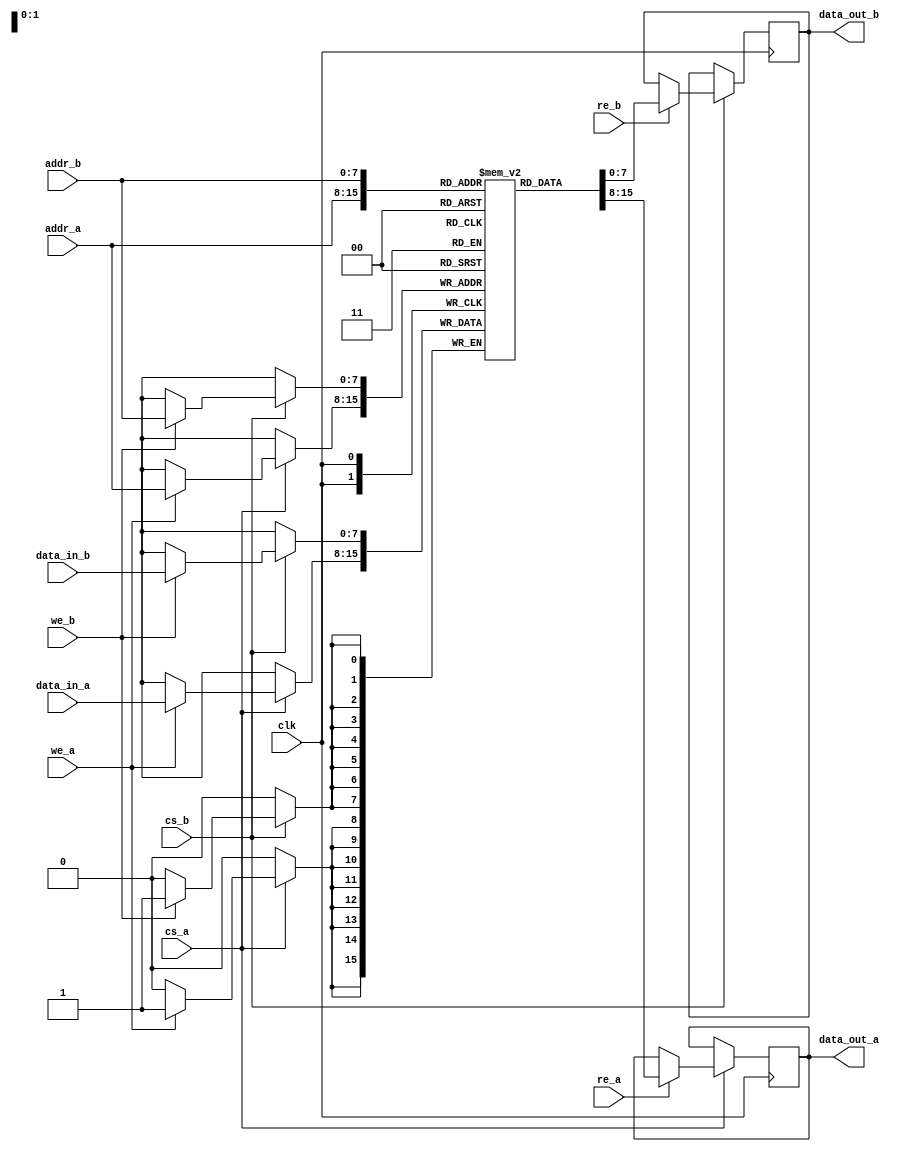
module dual_port_sram #(
    parameter DATA_WIDTH = 8,      // Data width
    parameter ADDR_WIDTH = 8,      // Address width (2^ADDR_WIDTH = memory depth)
    parameter MEM_DEPTH = 1 << ADDR_WIDTH // Memory depth
)(
    input wire clk,                 // Clock signal
    input wire cs_a,                // Chip Select for Port A
    input wire we_a,                // Write Enable for Port A
    input wire re_a,                // Read Enable for Port A
    input wire [ADDR_WIDTH-1:0] addr_a, // Address for Port A
    input wire [DATA_WIDTH-1:0] data_in_a, // Data input for Port A
    output reg [DATA_WIDTH-1:0] data_out_a, // Data output for Port A

    input wire cs_b,                // Chip Select for Port B
    input wire we_b,                // Write Enable for Port B
    input wire re_b,                // Read Enable for Port B
    input wire [ADDR_WIDTH-1:0] addr_b, // Address for Port B
    input wire [DATA_WIDTH-1:0] data_in_b, // Data input for Port B
    output reg [DATA_WIDTH-1:0] data_out_b // Data output for Port B
);

    // Memory array
    reg [DATA_WIDTH-1:0] memory [0:MEM_DEPTH-1];

    // Port A operation
    always @(posedge clk) begin
        if (cs_a) begin
            // Write operation for Port A
            if (we_a) begin
                memory[addr_a] <= data_in_a; // Write data to memory
            end
            // Read operation for Port A
            if (re_a) begin
                data_out_a <= memory[addr_a]; // Read data from memory
            end
        end
    end

    // Port B operation
    always @(posedge clk) begin
        if (cs_b) begin
            // Write operation for Port B
            if (we_b) begin
                memory[addr_b] <= data_in_b; // Write data to memory
            end
            // Read operation for Port B
            if (re_b) begin
                data_out_b <= memory[addr_b]; // Read data from memory
            end
        end
    end

endmodule